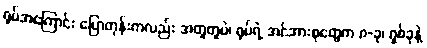
ရုပ်အကြောင်း ပြောတုန်းကလည်း အတူတူပဲ၊ ရုပ်ရဲ့ အင်အားစုတွေက ၈-ခု၊ ရှစ်ခုနဲ့